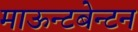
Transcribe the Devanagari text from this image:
माऊन्टबेन्टन